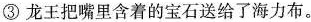
③龙王把嘴里含着的宝石送给了海力布。